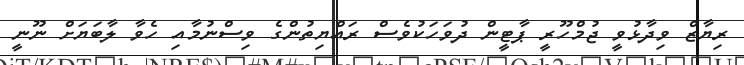
ރިޔާޒް ވިދާޅުވީ ޖުމްހޫރީ ޕާޓީން ދުވަހަކުވެސް ރައްޔިތުންގެ ވިސްނުމާއި ހެވާ ލާބަޔަށް ނޫނީ